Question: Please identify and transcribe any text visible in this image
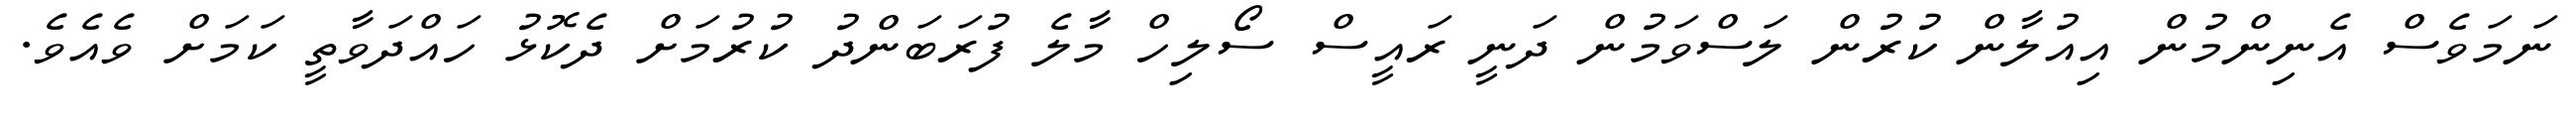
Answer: ނަމަވެސް އެނިންމުން އިއުލާން ކުރުން ލަސްވަމުން ދަނީ ރައީސް ސޯލިހް މާލެ ފުރަބަންދު ކުރުމަށް ދެކޮޅު ހައްދަވާތީ ކަމަށް ވެއެވެ.